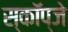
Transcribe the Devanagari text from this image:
स्कॉप्जे